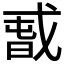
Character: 𰒫